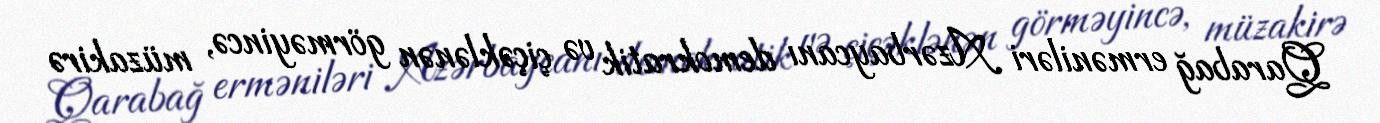
Qarabağ erməniləri Azərbaycanı demokratik və çiçəklənən görməyincə, müzakirə